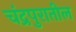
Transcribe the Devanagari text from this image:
चंद्रपुरातील